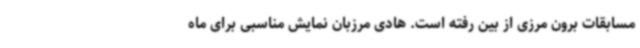
مسابقات برون مرزی از بین رفته است. هادی مرزبان نمایش مناسبی برای ماه